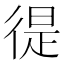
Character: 徥